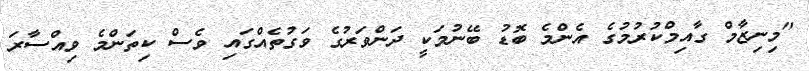
"މިނިޒާމް ގާއިމްކުރުމުގެ އެންމެ ބޮޑު ބޭނުމަކީ ދަންވަރުގެ ވަގުތެއްގައި ވެސް ކިތަންމެ ވިއްސާރަ